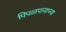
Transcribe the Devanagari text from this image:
पिंपळपानाच्या